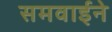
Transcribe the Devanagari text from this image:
समवाईने